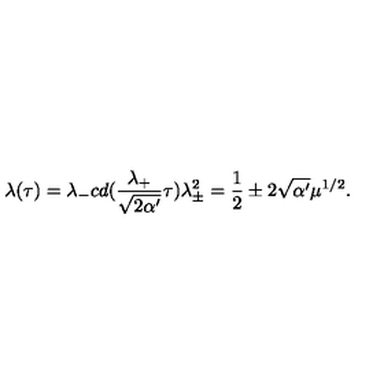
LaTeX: \lambda ( \tau ) = \lambda _ { - } c d ( \frac { \lambda _ { + } } { \sqrt { 2 \alpha ^ { \prime } } } \tau ) \lambda _ { \pm } ^ { 2 } = \frac { 1 } { 2 } \pm 2 \sqrt { \alpha ^ { \prime } } \mu ^ { 1 / 2 } .